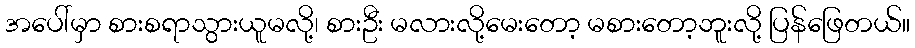
အပေါ်မှာ စားစရာသွားယူမလို့၊ စားဦး မလားလို့မေးတော့ မစားတော့ဘူးလို့ ပြန်ဖြေတယ်။